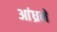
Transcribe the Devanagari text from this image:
आंध्रने